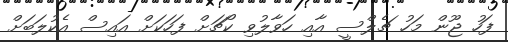
ފަހު ޖޫން މަހު ޗެލްސީ އާއި ހަވާލުވި ކޯޗަށް ފަހަކަށް އައިސް އެކުލަބަށް